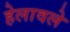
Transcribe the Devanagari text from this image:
हेलावले